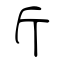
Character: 斤